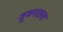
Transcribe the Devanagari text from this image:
जूवनाइल